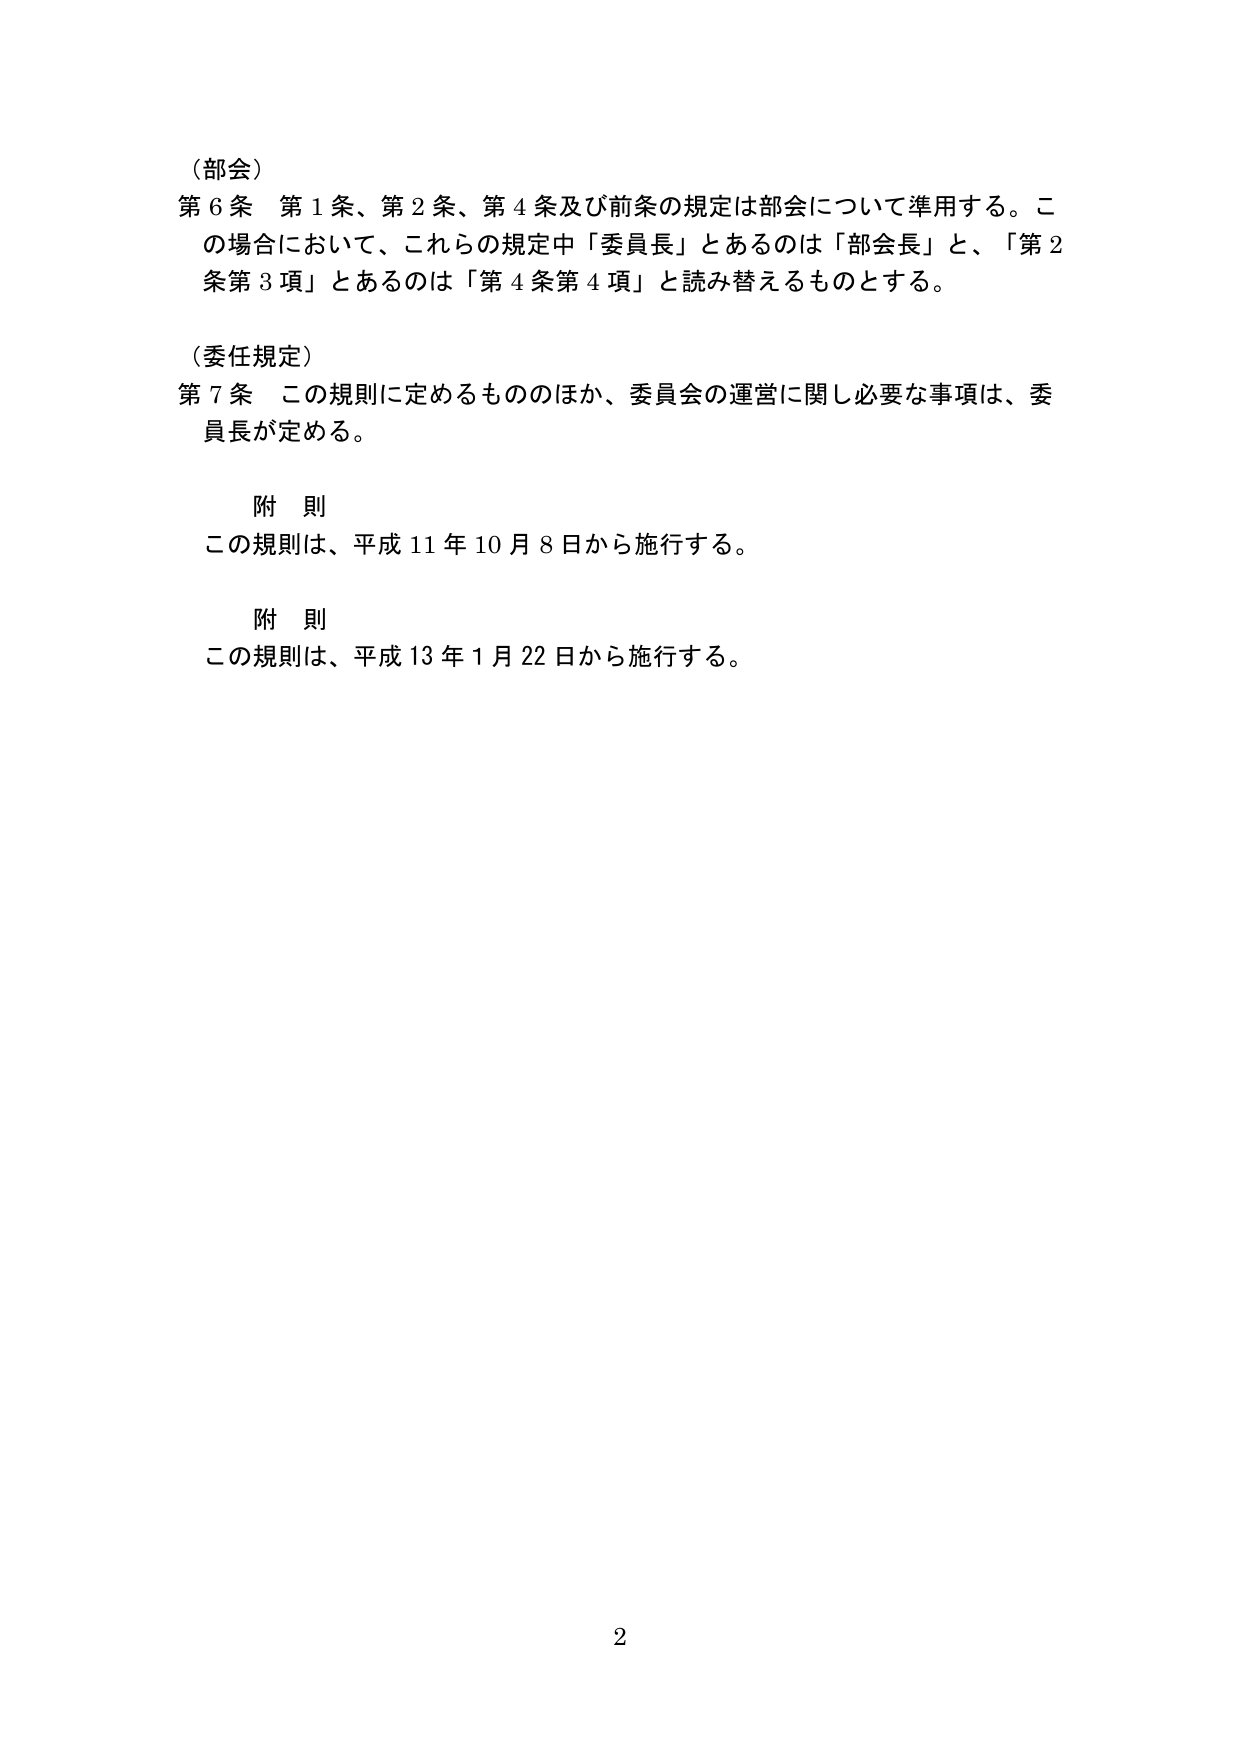
（部会）
第６条 第１条、第２条、第４条及び前条の規定は部会について準用する。この場合において、これらの規定中「委員長」とあるのは「部会長」と、「第２条第３項」とあるのは「第４条第４項」と読み替えるものとする。

（委任規定）
第７条 この規則に定めるもののほか、委員会の運営に関し必要な事項は、委員長が定める。

附 則
この規則は、平成11年10月8日から施行する。

附 則
この規則は、平成13年1月22日から施行する。

2